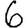
Digit: 6